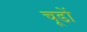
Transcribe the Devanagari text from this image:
चूडों